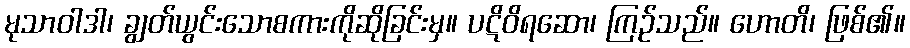
မုသာဝါဒါ၊ ချွတ်ယွင်းသောစကားကိုဆိုခြင်းမှ။ ပဋိဝိရဆော၊ ကြဉ်သည်။ ဟောတိ၊ ဖြစ်၏။